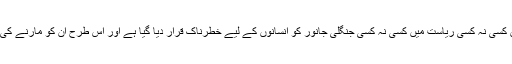
ان نوٹی فکیشنوں میں کسی نہ کسی ریاست میں کسی نہ کسی جنگلی جانور کو انسانوں کے لیے خطرناک قرار دیا گیا ہے اور اس طرح ان کو مارنے کی اجازت دی گئی ہے۔